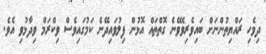
ދިވެހި ރައްޔިތުންނަށް ބައިވެރިވެވޭނެ ގޮތްތައް އޮޅުން ފިލުވައިދޭނެ ކަމުގައިވެސް ވިކްރަމް ވިދާޅުވި އެވެ.